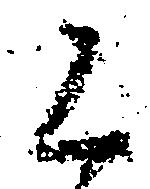
く